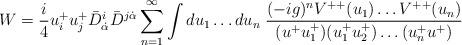
LaTeX: \begin{align*} W = {i\over 4} u^+_iu^+_j \bar D^i_{\dot\alpha}\bar D^{j\dot\alpha}\sum^\infty_{n=1} \int du_1\ldots du_n\; {(-ig)^{n} V^{++}(u_1) \ldots V^{++}(u_n) \over (u^+u^+_1)(u^+_1u^+_2) \ldots (u^+_nu^+)}\end{align*}